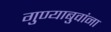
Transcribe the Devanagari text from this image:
गुण्याबुवांना